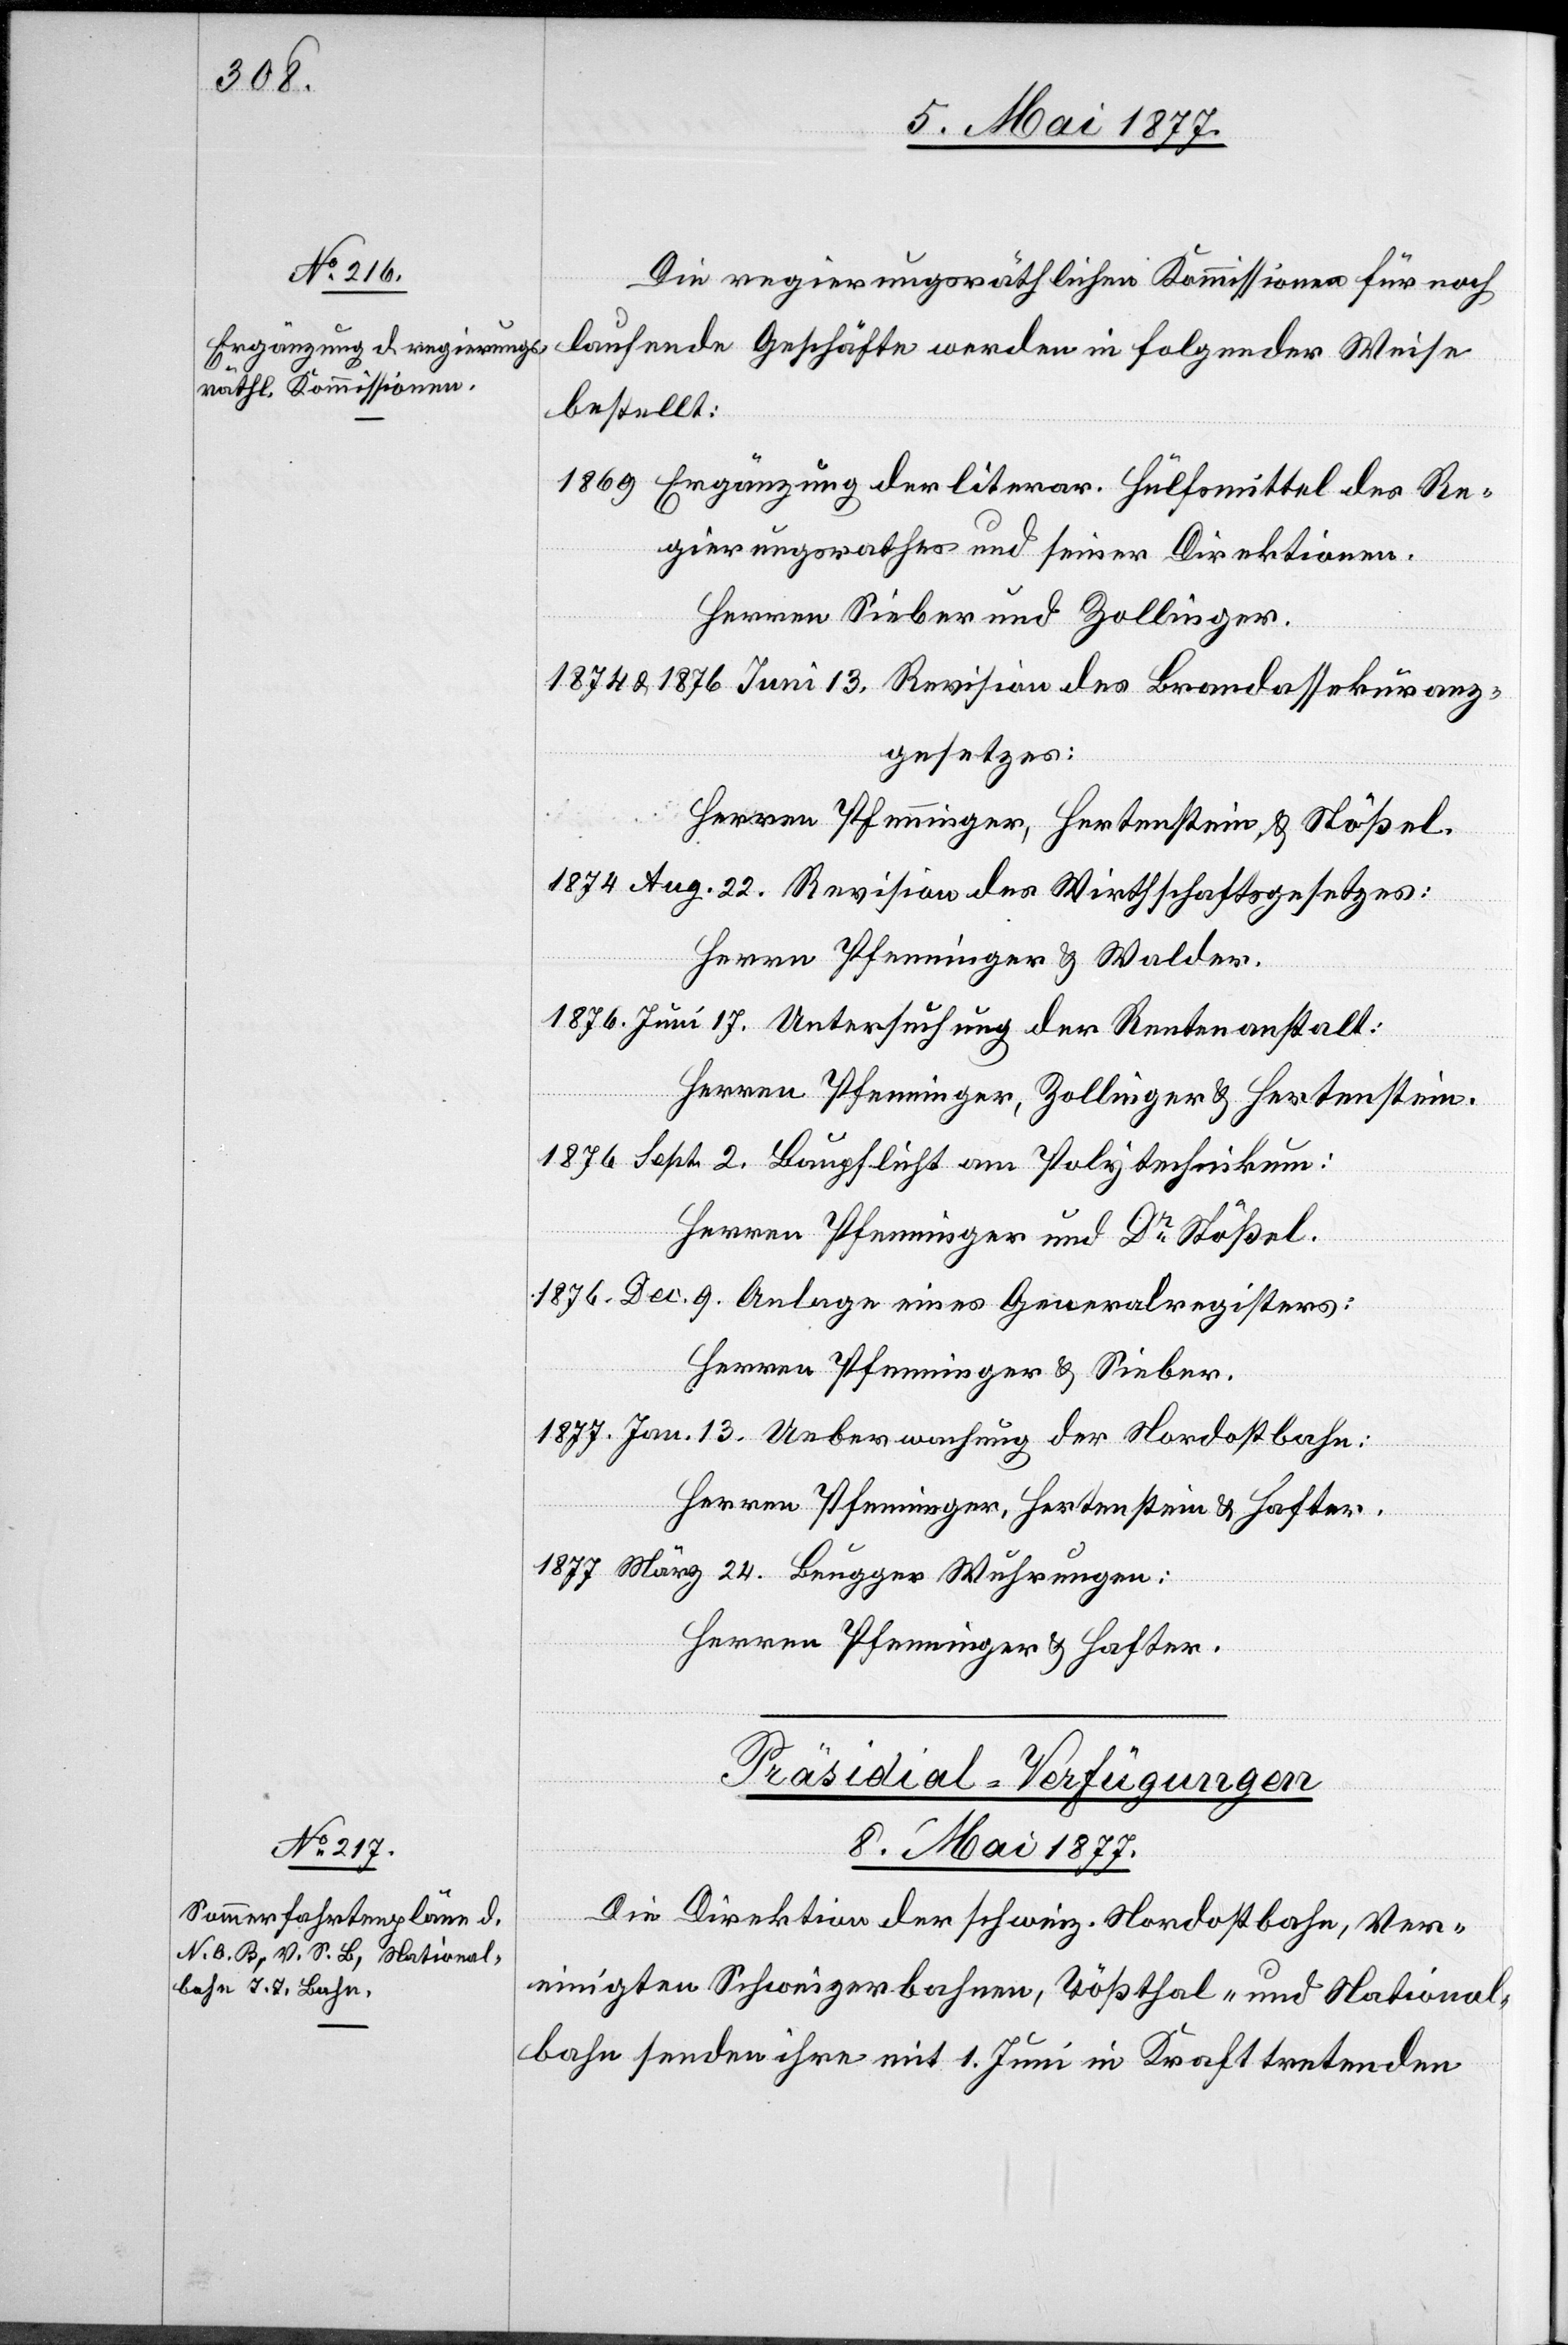
Die regierungsräthlichen Kommissionen für noch
laufende Geschäfte werden in folgender Weise
bestellt.
Ergänzung der literar. Hülfsmittel des Re¬
gierungsrathes und seiner Direktionen.
Herren Sieber und Zollinger.
& 1876 Juni 13. Revision des Brandassekuranz¬
gesetzes:
Walder.
Herren Pfenninger, Hertenstein & Stößel.
Aug. 22. Revision des Wirthschaftsgesetzes:
Juni 17. Untersuchung der Rentenanstalt:
Herren Pfenninger, Zollinger & Hertenstein.
Sept. 2. Baupflicht am Polytechnikum:
Herren Pfenninger und Dr Stößel.
Dec. 9. Anlage eines Generalregisters:
Herren Pfenninger & Sieber.
Jan. 13. Ueberwachung der Nordostbahn:
Herren Pfenninger, Hertenstein & Hafter.
März 24. Brugger Wuhrungen:
Herren Pfenninger & Hafter.
Präsidial-Verfügungen
8. Mai 1877.
Die Direktion[en] der schweiz. Nordostbahn, Ver¬
einigten Schweizerbahnen, Tößthal- und National¬
bahn senden ihre mit 1. Juni in Kraft tretenden